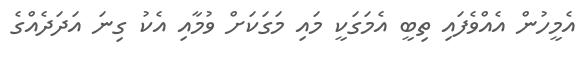
އެމީހުން އެއްވެފައި ތިބީ އެމަގަކީ މައި މަގަކަށް ވުމާއި އެކު ގިނަ އަދަދެއްގެ